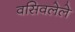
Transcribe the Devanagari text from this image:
वसिवलेले